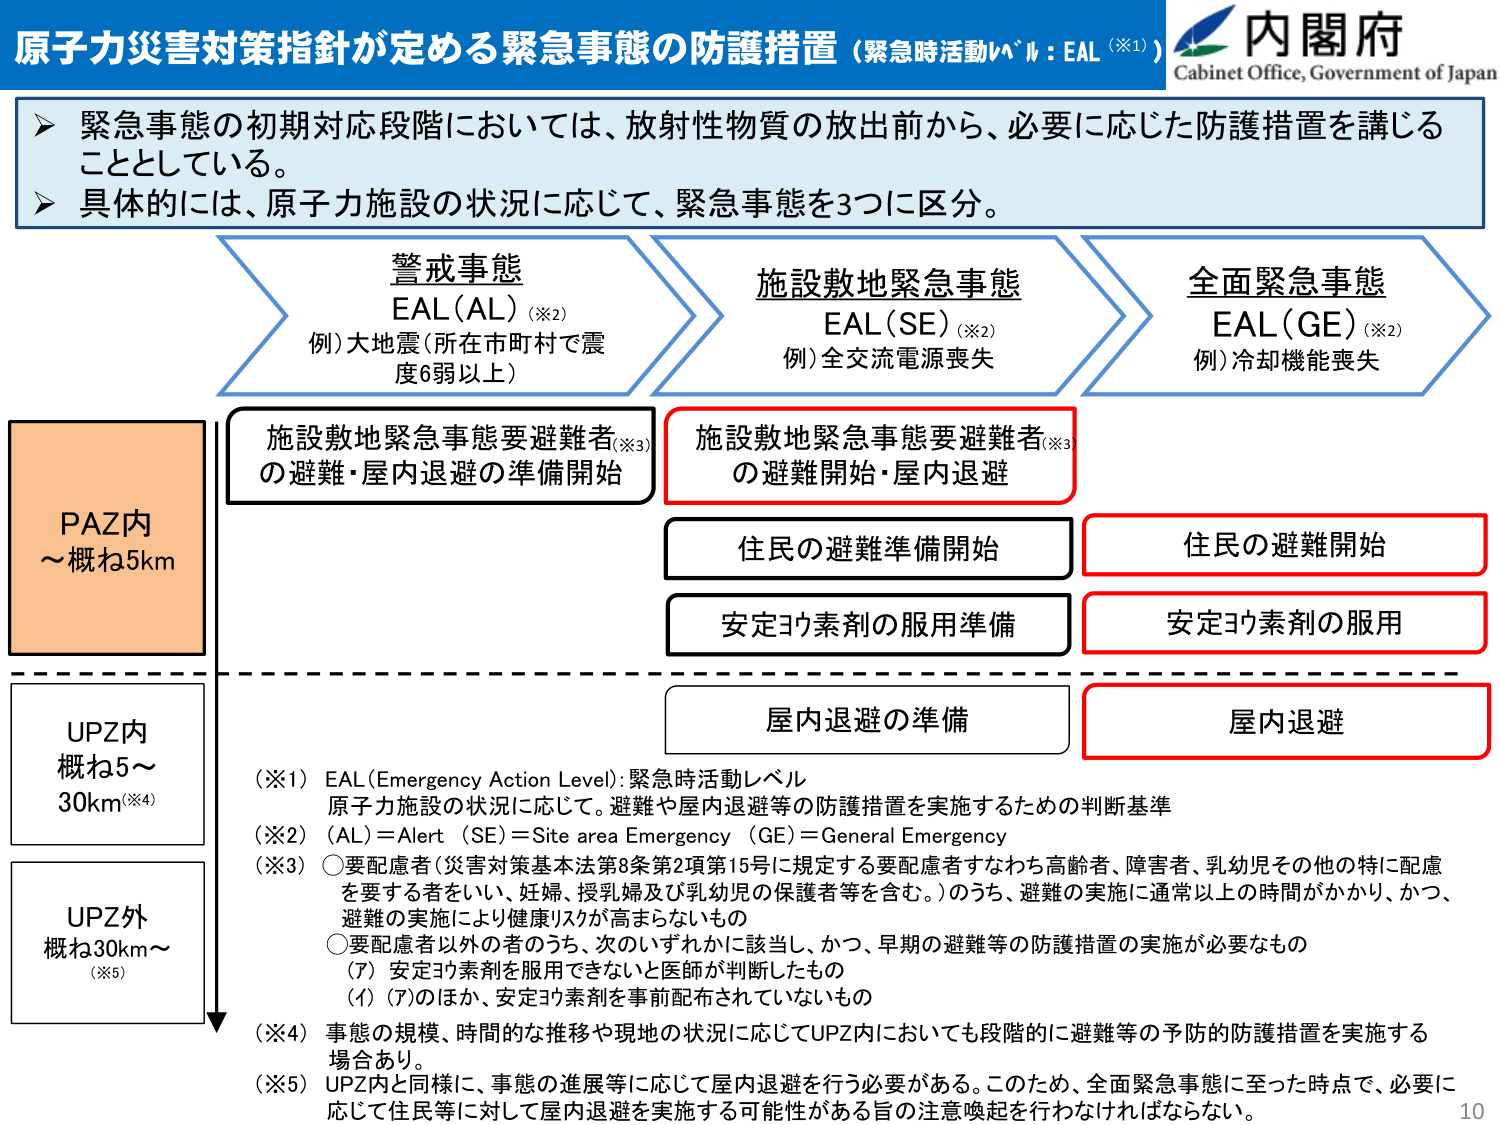
原子力災害対策指針が定める緊急事態の防護措置（緊急時活動レベル：EAL（※1））
内閣府
Cabinet Office, Government of Japan

▶ 緊急事態の初期対応段階においては、放射性物質の放出前から、必要に応じた防護措置を講じることとしている。
▶ 具体的には、原子力施設の状況に応じて、緊急事態を3つに区分。

警戒事態
EAL（AL）（※2）
例）大地震（所在市町村で震度6弱以上）

施設敷地緊急事態
EAL（SE）（※2）
例）全交流電源喪失

全面緊急事態
EAL（GE）（※2）
例）冷却機能喪失

PAZ内
～概ね5km

施設敷地緊急事態要避難者（※3）
の避難・屋内退避の準備開始

施設敷地緊急事態要避難者（※3）
の避難開始・屋内退避

住民の避難準備開始

住民の避難開始

安定ヨウ素剤の服用準備

安定ヨウ素剤の服用

UPZ内
概ね5～30km（※4）

屋内退避の準備

屋内退避

UPZ外
概ね30km～（※5）

（※1）EAL（Emergency Action Level）：緊急時活動レベル
原子力施設の状況に応じて、避難や屋内退避等の防護措置を実施するための判断基準

（※2）（AL）＝Alert （SE）＝Site area Emergency （GE）＝General Emergency

（※3）○要配慮者（災害対策基本法第8条第2項第15号に規定する要配慮者すなわち高齢者、障害者、乳幼児その他の特に配慮を要する者をいい、妊婦、授乳婦及び乳幼児の保護者等を含む。）のうち、避難の実施に通常以上の時間がかかり、かつ、避難の実施により健康リスクが高まらないもの
○要配慮者以外の者のうち、次のいずれかに該当し、かつ、早期の避難等の防護措置の実施が必要なもの
（ア）安定ヨウ素剤を服用できないと医師が判断したもの
（イ）（ア）のほか、安定ヨウ素剤を事前配布されていないもの

（※4）事態の規模、時間的な推移や現地の状況に応じてUPZ内においても段階的に避難等の予防的防護措置を実施する場合あり。

（※5）UPZ内と同様に、事態の進展等に応じて屋内退避を行う必要がある。このため、全面緊急事態に至った時点で、必要に応じて住民等に対して屋内退避を実施する可能性がある旨の注意喚起を行わなければならない。

10